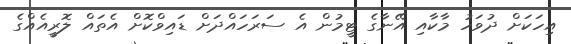
އިހަކަށް ދުވަހު މާކާއި އޭނާގެ ޓީމުން އެ ސަރަހައްދަށް ޑައިވްކޮށް އެތައް ލޮރީއެއްްގެ